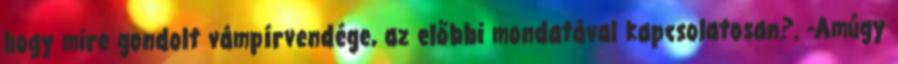
hogy mire gondolt vámpírvendége, az előbbi mondatával kapcsolatosan?. -Amúgy